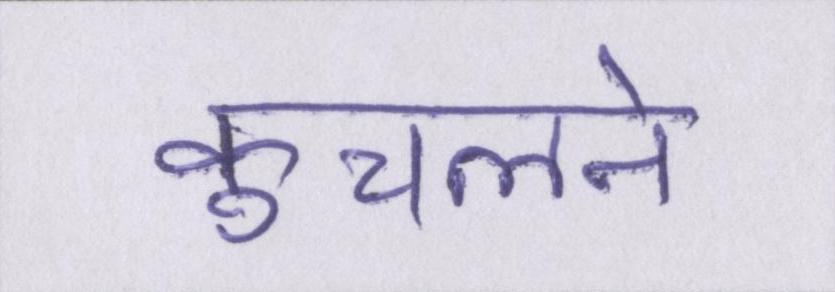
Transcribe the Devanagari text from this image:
कुचलने